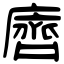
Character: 𪗆